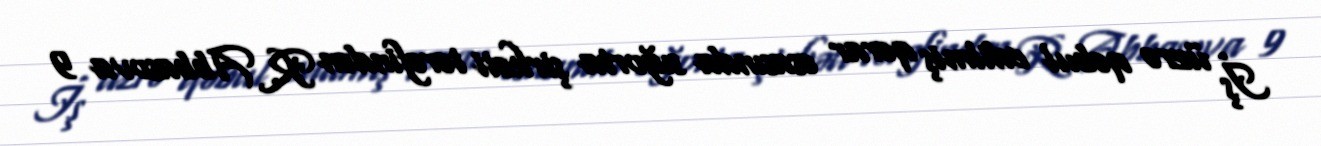
İş üzrə qəbul edilmiş qərar əsasında sığorta şirkəti tərəfindən R. Abbasova 9